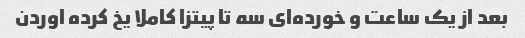
بعد از یک ساعت و خورده‌ای سه تا پیتزا کاملا یخ کرده اوردن